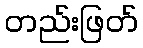
တည်းဖြတ်